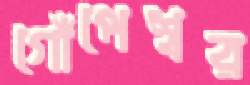
গোঁপেশ্বর